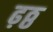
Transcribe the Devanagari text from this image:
ढ़ठ्ठ